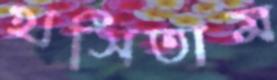
খসিতাম